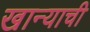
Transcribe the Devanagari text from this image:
खान्याची